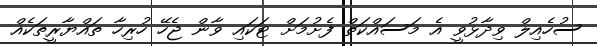
ސުހެއިލް ވިދާޅުވީ އެ މަސައްކަތް ފެށުމަށް ޓަކައި ވާން ޖެހޭ ހުރިހާ ތައްޔާރީތަކެއް